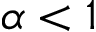
\alpha < 1